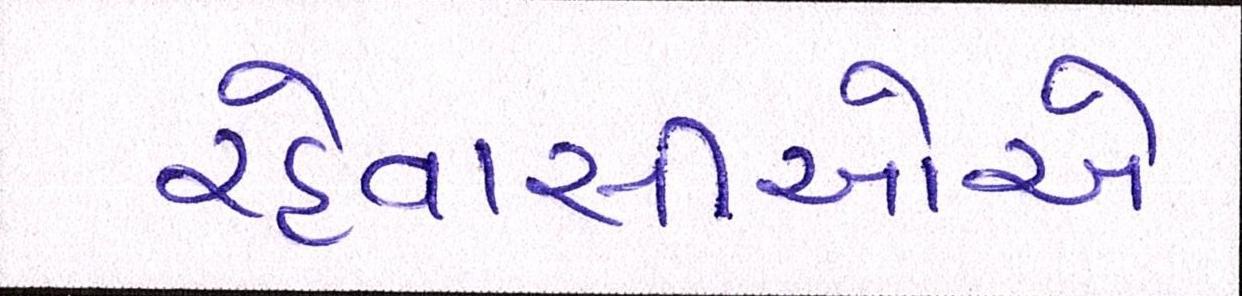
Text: રહેવાસીઓએ